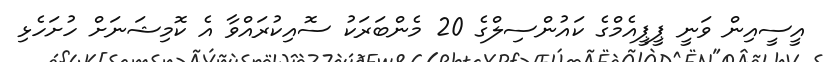
އީސީއިން ވަނީ ޕީޕީއެމްގެ ކައުންސިލްގެ 20 މެންބަރަކު ސޮއިކުރައްވާ އެ ކޮމިޝަނަށް ހުށަހެޅި